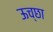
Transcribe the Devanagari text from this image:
ऊच्छा